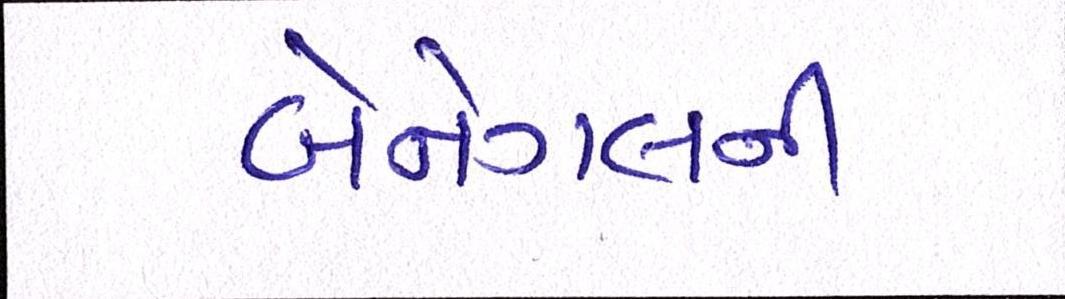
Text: બેનેગલની